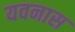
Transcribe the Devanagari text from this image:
यवनास